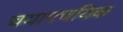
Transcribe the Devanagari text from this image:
चयापचयिक